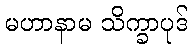
မဟာနာမ သိက္ခာပုဒ်